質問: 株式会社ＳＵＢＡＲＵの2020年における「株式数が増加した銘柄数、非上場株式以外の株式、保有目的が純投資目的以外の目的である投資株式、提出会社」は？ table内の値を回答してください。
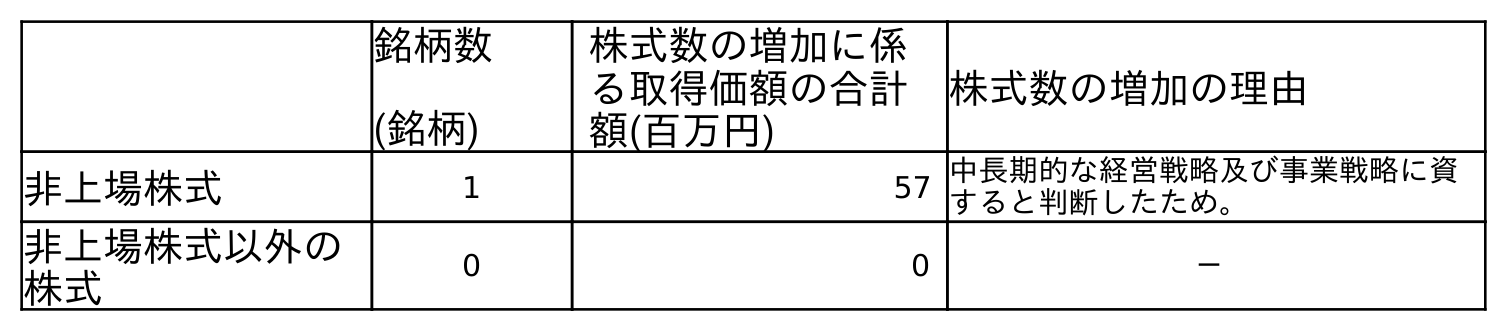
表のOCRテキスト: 銘柄数 (銘柄) 株式数の増加に係 る取得価額の合計 額(百万円) 株式数の増加の理由 非上場株式 1 57 中長期的な経営戦略及び事業戦略に資 すると判断したため。 非上場株式以外の 株式 0 0 －
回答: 0